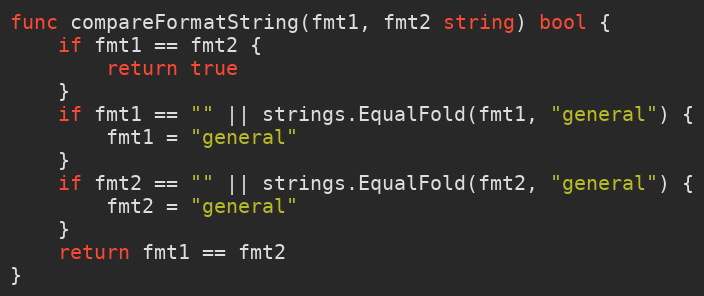
Language: Go
func compareFormatString(fmt1, fmt2 string) bool {
	if fmt1 == fmt2 {
		return true
	}
	if fmt1 == "" || strings.EqualFold(fmt1, "general") {
		fmt1 = "general"
	}
	if fmt2 == "" || strings.EqualFold(fmt2, "general") {
		fmt2 = "general"
	}
	return fmt1 == fmt2
}